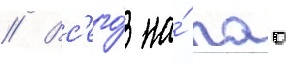
// Вс'его́ на́ пао